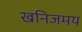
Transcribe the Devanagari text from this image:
खनिजमय